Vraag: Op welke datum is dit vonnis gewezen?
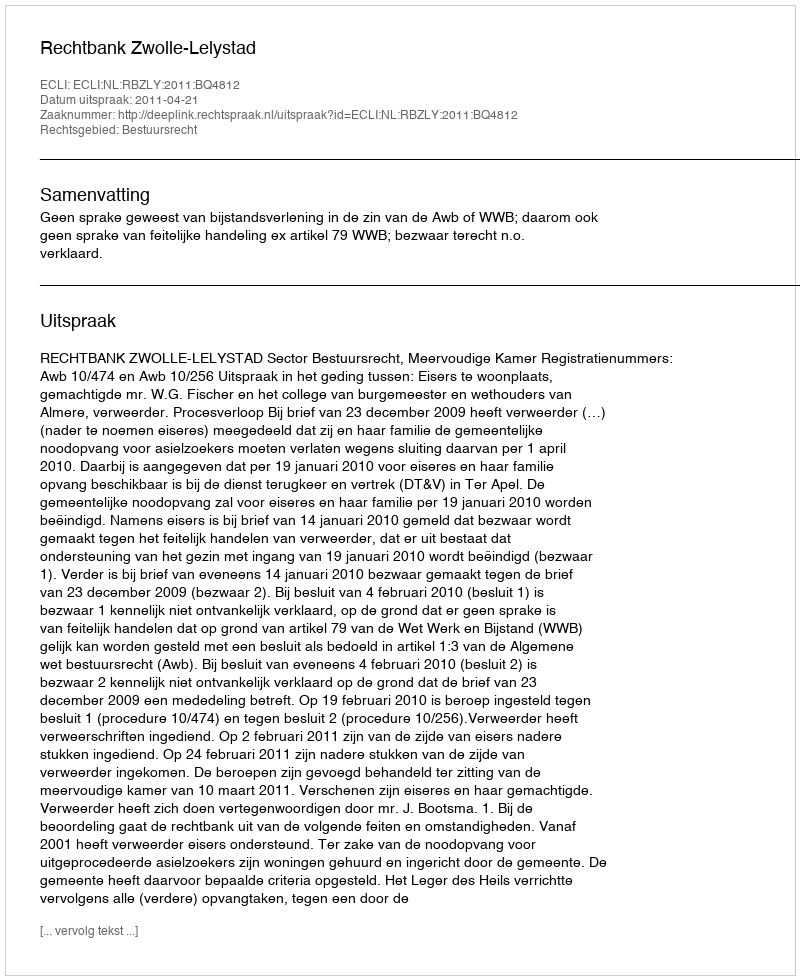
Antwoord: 2011-04-21